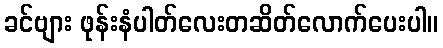
ခင်ဗျား ဖုန်းနံပါတ်လေးတဆိတ်လောက်ပေးပါ။